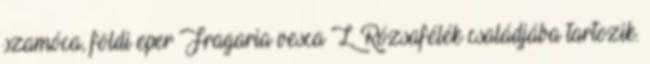
szamóca, földi eper Fragaria vesca L. Rózsafélék családjába tartozik.